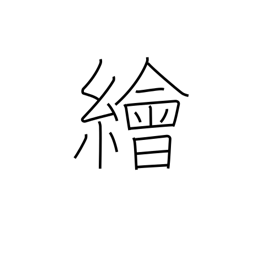
Meaning: painting